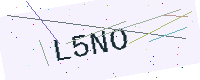
Text: L5NO